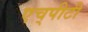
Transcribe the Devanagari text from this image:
एच्‌पीटी